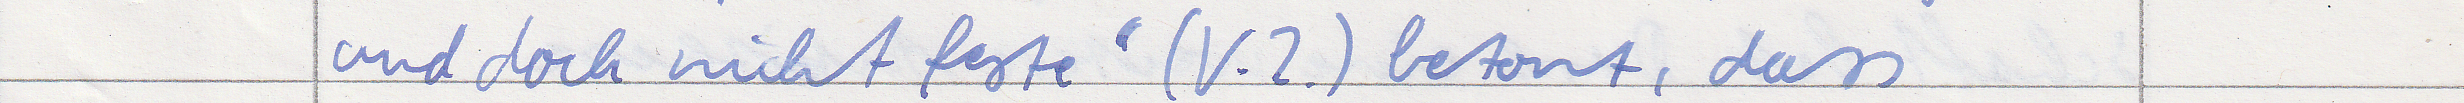
und doch nicht feste" (V.2.) betont, dass